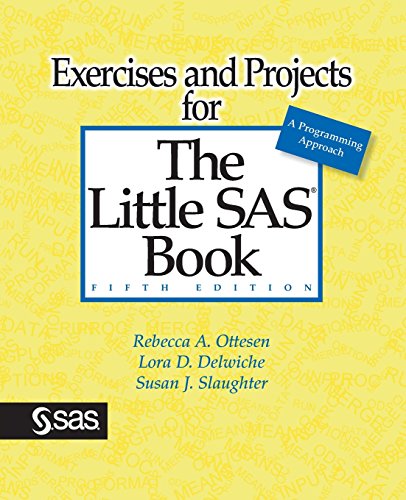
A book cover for Exercises and Projects for The Little SAS Book, Fifth Edition; Rebecca A Ottesen; Computers & Technology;